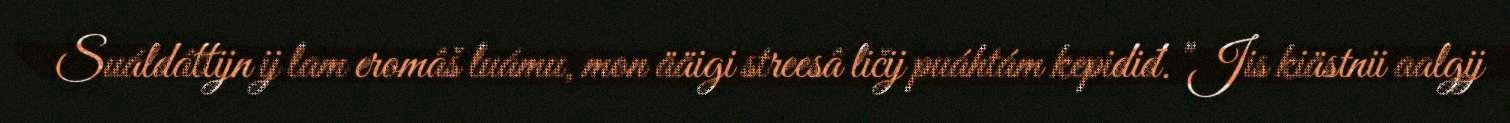
Suáldáttijn ij lam eromâš luámu, mon ääigi streesâ ličij puáhtám kepidiđ. "Jis kiästnii aalgij